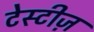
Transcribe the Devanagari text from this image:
टेस्टीज़